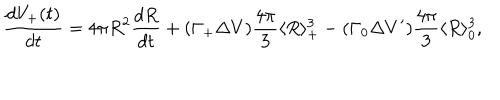
\frac { d V _ { + } ( t ) } { d t } = 4 \pi R ^ { 2 } \frac { d R } { d t } + ( \Gamma _ { + } \Delta V ) \frac { 4 \pi } { 3 } \langle R \rangle _ { + } ^ { 3 } - ( \Gamma _ { 0 } \Delta V ^ { \prime } ) \frac { 4 \pi } { 3 } \langle R \rangle _ { 0 } ^ { 3 } ,